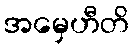
အမှေဟီတိ